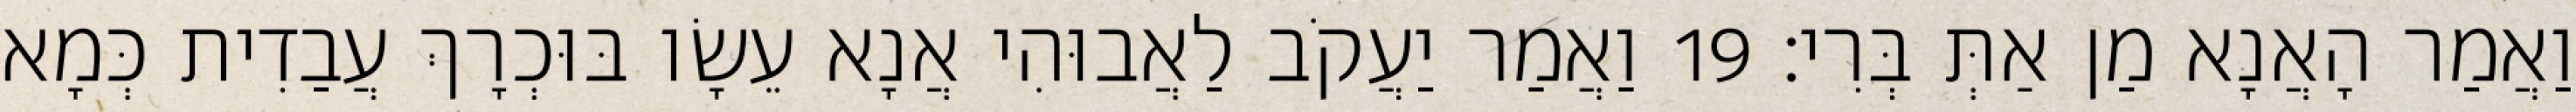
וַאֲמַר הָאֲנָא מַן אַתְּ בְּרִי׃ 19 וַאֲמַר יַעֲקֹב לַאֲבוּהִי אֲנָא עֵשָׂו בּוּכְרָךְ עֲבַדִית כְּמָא